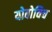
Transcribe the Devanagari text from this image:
योवोविच